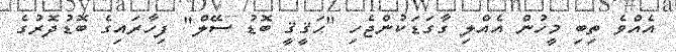
އެއްވެ ތިބި މީހުން އެއްލި ގާގަޑަކުންޖެހި "ޙަޤީޤީ ބޮޑު ސޭލް" ފިހާރައިގެ ބޮޑުދޮރުގެ